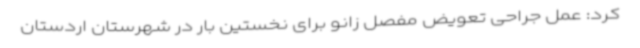
کرد: عمل جراحی تعویض مفصل زانو برای نخستین بار در شهرستان اردستان